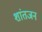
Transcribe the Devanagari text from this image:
शांतजन